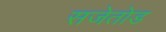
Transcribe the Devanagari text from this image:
सजेतोड